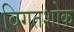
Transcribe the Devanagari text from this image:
विगतशोक